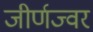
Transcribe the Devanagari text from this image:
जीर्णज्वर